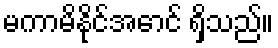
မကာမိနိုင်အောင် ရှိသည်။